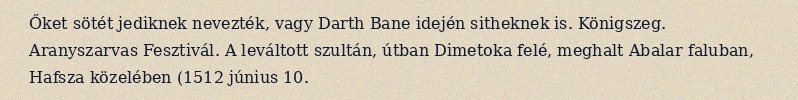
Őket sötét jediknek nevezték, vagy Darth Bane idején sitheknek is. Königszeg. Aranyszarvas Fesztivál. A leváltott szultán, útban Dimetoka felé, meghalt Abalar faluban, Hafsza közelében (1512 június 10.